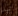
تيد